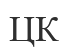
ЦК